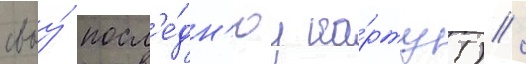
своу́ посл'е́дн'юу ка́рту!) /